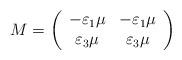
LaTeX: \begin{align*}M=\left( \begin{array}{cc}-\varepsilon_1\mu &-\varepsilon_1\mu\\\varepsilon_3\mu &\varepsilon_{3}\mu\end{array}\right) \end{align*}